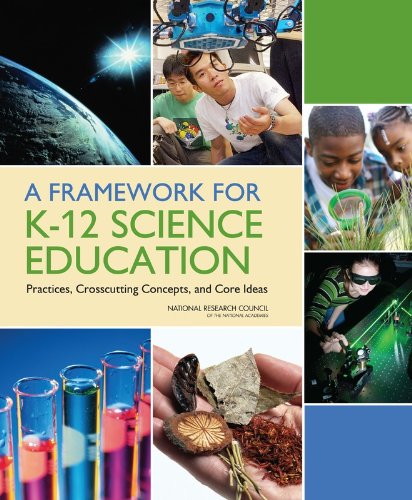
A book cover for A Framework for K-12 Science Education:: Practices, Crosscutting Concepts, and Core Ideas; National Research Council; Science & Math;